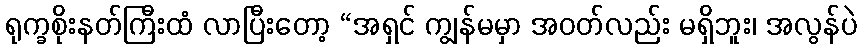
ရုက္ခစိုးနတ်ကြီးထံ လာပြီးတော့ “အရှင် ကျွန်မမှာ အဝတ်လည်း မရှိဘူး၊ အလွန်ပဲ